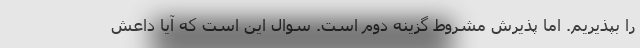
را بپذیریم. اما پذیرش مشروط گزینه دوم است. سوال این است که آیا داعش